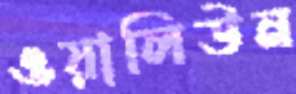
ওয়ালিউন